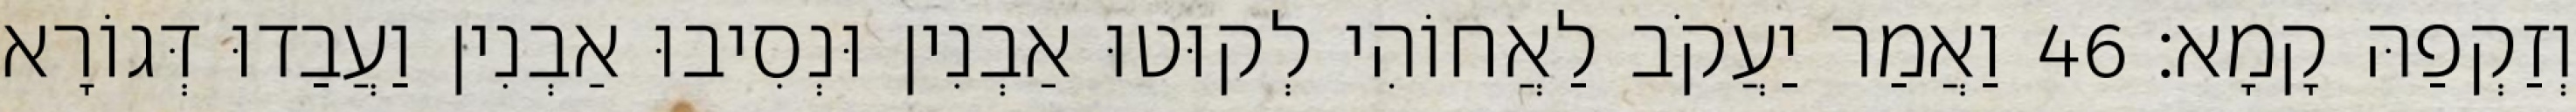
וְזַקְפַהּ קָמָא׃ 46 וַאֲמַר יַעֲקֹב לַאֲחוֹהִי לְקוּטוּ אַבְנִין וּנְסִיבוּ אַבְנִין וַעֲבַדוּ דְּגוֹרָא